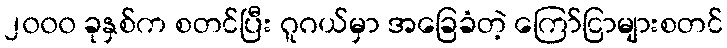
၂၀၀၀ ခုနှစ်က စတင်ပြီး ဂူဂယ်မှာ အခြေခံတဲ့ ကြော်ငြာများစတင်